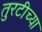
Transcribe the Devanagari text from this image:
तुरटीच्या